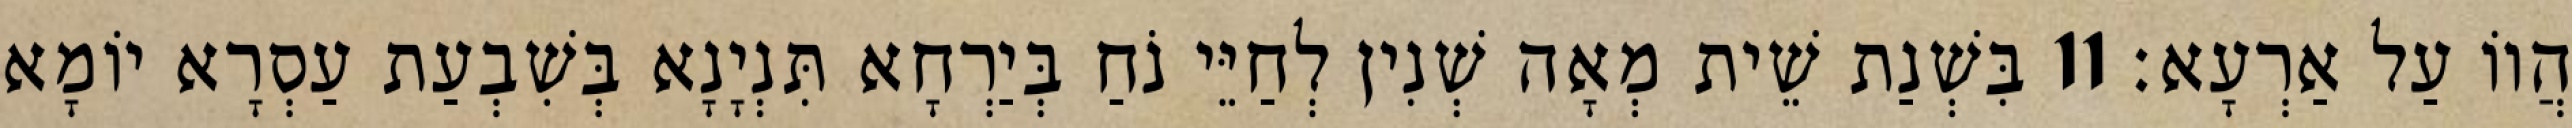
הֲווֹ עַל אַרְעָא׃ 11 בִּשְׁנַת שֵׁית מְאָה שְׁנִין לְחַיֵּי נֹחַ בְּיַרְחָא תִּנְיָנָא בְּשִׁבְעַת עַסְרָא יוֹמָא